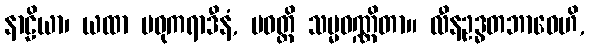
နာဠိယာ၊ ယထာ မဓုကရာဒီနံ, ပဝတ္တိ သမ္မဝဏ္ဏိတာ။ လီနဥဒ္ဓတဘာဝေဟိ,